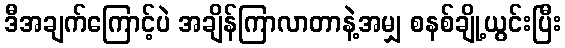
ဒီအချက်ကြောင့်ပဲ အချိန်ကြာလာတာနဲ့အမျှ စနစ်ချို့ယွင်းပြီး